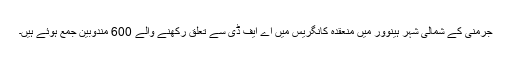
جرمنی کے شمالی شہر ہینوور میں منعقدہ کانگریس میں اے ایف ڈی سے تعلق رکھنے والے 600 مندوبین جمع ہوئے ہیں۔